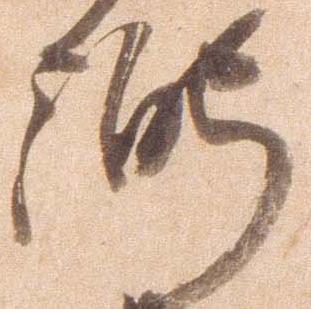
弼